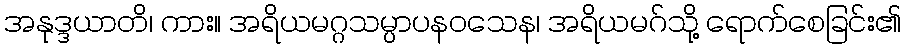
အနုဒ္ဒယာတိ၊ ကား။ အရိယမဂ္ဂသမ္ပာပနဝသေန၊ အရိယမဂ်သို့ ရောက်စေခြင်း၏